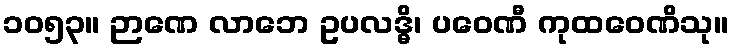
၁၀၅၃။ ဉာဏေ လာဘေ ဥပလဒ္ဓိ၊ ပဝေဏီ ကုထဝေဏိသု။